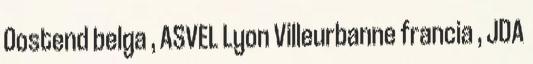
Oostend belga , ASVEL Lyon Villeurbanne francia , JDA